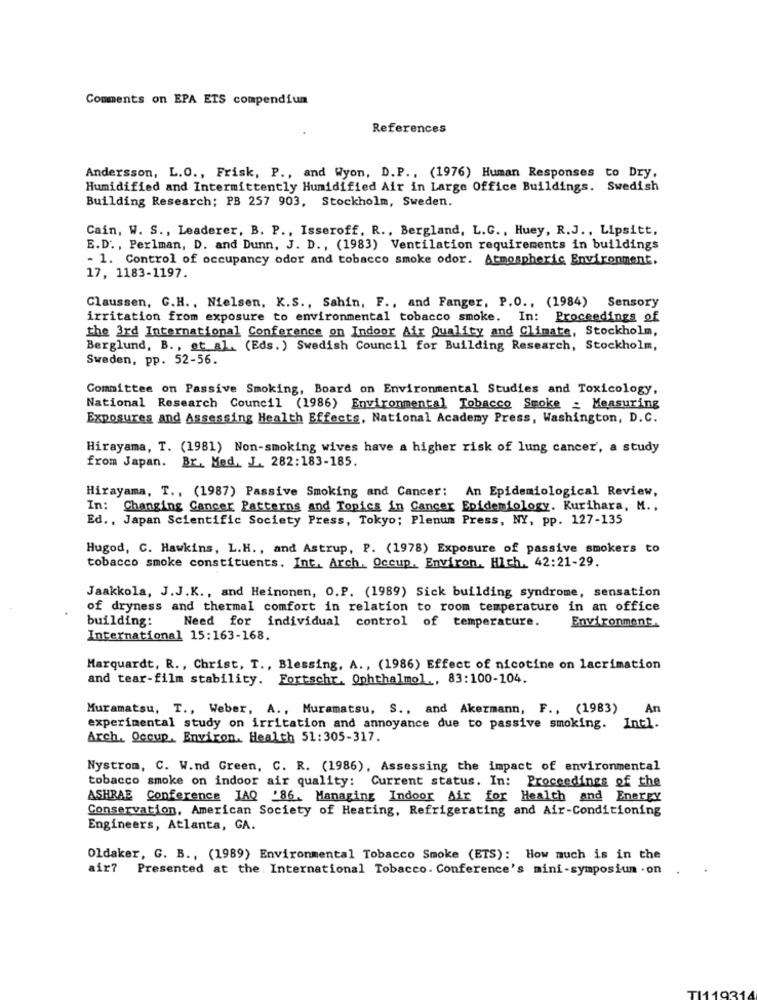
Comments on EPA ETS compendium
References
Andersson, L.O ., Frisk, P ., and Wyon, D.P ., (1976) Human Responses to Dry.
Humidified and Intermittently Humidified Air in Large Office Buildings. Swedish
Building Research; PB 257 903, Stockholm, Sweden.
Cain, W. S ., Leaderer, B. P ., Isseroff, R ., Bergland, L.G ., Huey, R.J ., Lipsitt,
E.D ., Perlman, D. and Dunn, J. D ., (1983) Ventilation requirements in buildings
- 1. Control of occupancy oder and tobacco smoke odor. Atmospheric Environment.
17, 1183-1197.
Claussen, C.H ., Nielsen, K.S ., Sahin, F ., and Fanger, P.O ., (1984) Sensory
irritation from exposure to environmental tobacco smoke. In: Proceedings of
the 3rd International Conference on Indoor Air Quality and Climate, Stockholm,
Berglund, B ., et al. (Eds.) Swedish Council for Building Research, Stockholm,
Sweden, pp. 52-56.
Committee on Passive Smoking, Board on Environmental Studies and Toxicology,
National Research Council (1986) Environmental Tobacco Smoke _ Measuring
Exposures and Assessing Health Effects, National Academy Press, Washington, D.C.
Hirayama, T. (1981) Non-smoking wives have a higher risk of lung cancer, a study
from Japan. Br. Med. J. 282:183-185.
Hirayama, T ., (1987) Passive Smoking and Cancer: An Epidemiological Review,
In: Changing Cancer Patterns and Topics in Cancer Epidemiology. Kurihara, M. ,
Ed ., Japan Scientific Society Press, Tokyo; Plenum Press, NY, pp. 127-135
Hugod, C. Hawkins, L.H ., and Astrup, P. (1978) Exposure of passive smokers to
tobacco smoke constituents. Int. Arch. Occup. Environ. Hich. 42:21-29.
Jaakkola, J.J.K ., and Heinonen, O.P. (1989) Sick building syndrome, sensation
of dryness and thermal comfort in relation to room temperature in an office
building:
Need for individual control of temperature.
Environment
International 15:163-168.
Marquardt, R ., Christ, T ., Blessing, A ., (1986) Effect of nicotine on lacrimation
and tear-film stability. Fortschr. Ophthalmol ., 83:100-104.
Muramatsu, T ., Weber, A ., Muramatsu, S ., and Akermann, F ., (1983)
An
experimental study on irritation and annoyance due to passive smoking. Intl.
Arch. Occup, Environ. Health 51:305-317.
Nystrom, C. W.nd Green, C. R. (1986), Assessing the impact of environmental
tobacco smoke on indoor air quality: Current status. In: Proceedings of the
ASHRAE Conference IAQ '86. Managing Indoor Air for Health and Energy
Conservation, American Society of Heating, Refrigerating and Air-Conditioning
Engineers, Atlanta, GA.
Oldaker, G. B ., (1989) Environmental Tobacco Smoke (ETS): How much is in the
air? Presented at the. International Tobacco. Conference's mini-symposium . on